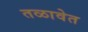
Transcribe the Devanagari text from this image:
तळावेत